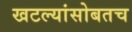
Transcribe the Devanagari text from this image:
खटल्यांसोबतच